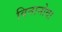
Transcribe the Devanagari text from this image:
विनानोवा